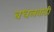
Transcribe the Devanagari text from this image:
बधलवाडी